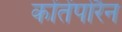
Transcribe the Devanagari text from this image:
कोंतेंपोरैन